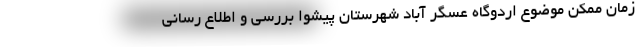
زمان ممکن موضوع اردوگاه عسگر آباد شهرستان پیشوا بررسی و اطلاع رسانی